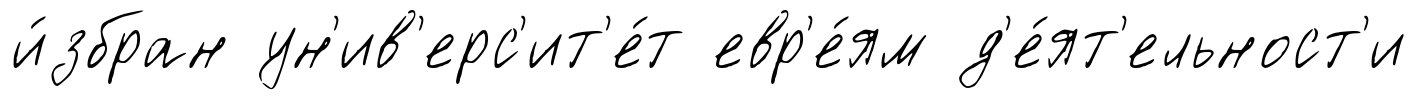
и́збран ун'ив'ерс'ит'е́т евр'е́ям д'е́ят'ельност'и